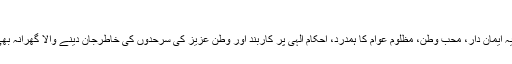
تنزیلہ امجد شہیدہ اور شازیہ مرتضیٰ شہیدہ
ضلع گجرات کے متوسط طبقے سے تعلق رکھنے والا یہ ایمان دار، محب وطن، مظلوم عوام کا ہمدرد، احکام الٰہی پر کاربند اور وطن عزیز کی سرحدوں کی خاطرجان دینے والا گھرانہ بھی ظلم، بربریت اور ریاستی دہشت گردی کا شکار ہوگیا۔